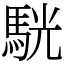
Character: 駫